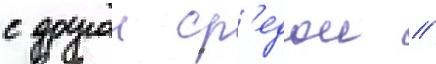
с другои ср'едои //